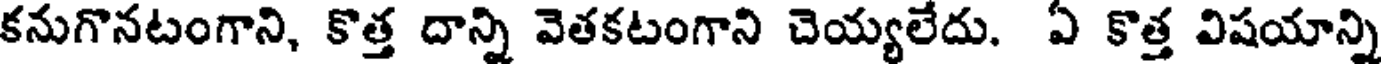
కనుగొనటంగాని, కొత్త దాన్ని వెతకటంగాని చెయ్యలేదు. ఏ కొత్త విషయాన్ని